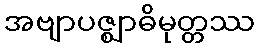
အဗျာပဇ္ဈာဓိမုတ္တဿ